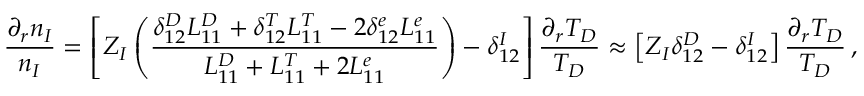
\frac { \partial _ { r } n _ { I } } { n _ { I } } = \left[ Z _ { I } \left( \frac { \delta _ { 1 2 } ^ { D } L _ { 1 1 } ^ { D } + \delta _ { 1 2 } ^ { T } L _ { 1 1 } ^ { T } - 2 \delta _ { 1 2 } ^ { e } L _ { 1 1 } ^ { e } } { L _ { 1 1 } ^ { D } + L _ { 1 1 } ^ { T } + 2 L _ { 1 1 } ^ { e } } \right) - \delta _ { 1 2 } ^ { I } \right] \frac { \partial _ { r } T _ { D } } { T _ { D } } \approx \left[ Z _ { I } \delta _ { 1 2 } ^ { D } - \delta _ { 1 2 } ^ { I } \right] \frac { \partial _ { r } T _ { D } } { T _ { D } } \, ,